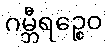
ဂမ္ဘီရဉ္စေဝ